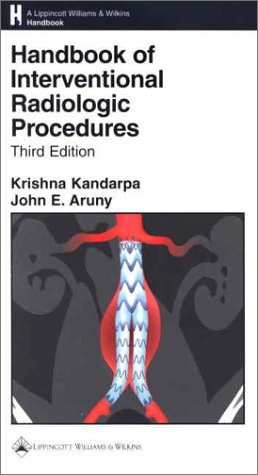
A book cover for Handbook of Interventional Radiologic Procedures; Krishna Kandarpa; Medical Books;